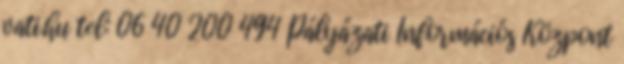
vati.hu tel: 06 40 200 494 Pályázati Információs Központ